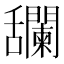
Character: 𦧼